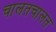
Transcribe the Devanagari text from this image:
चालतचालत